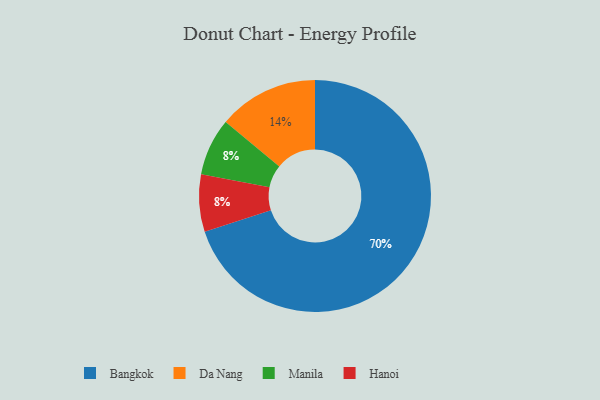
{"axis": {"x": "Category", "y": "Percentage"}, "legend": ["Bangkok", "Da Nang", "Hanoi", "Manila"], "data": [{"x": "Da Nang", "y": 14, "type": "Da Nang"}, {"x": "Manila", "y": 8, "type": "Manila"}, {"x": "Bangkok", "y": 70, "type": "Bangkok"}, {"x": "Hanoi", "y": 8, "type": "Hanoi"}]}